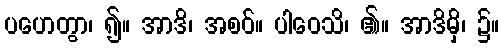
ပဟေတွာ၊ ၍။ အာဒိ၊ အစဝ်။ ပါဝေသိ၊ ၏။ အာဒိမှိ၊ ၌။